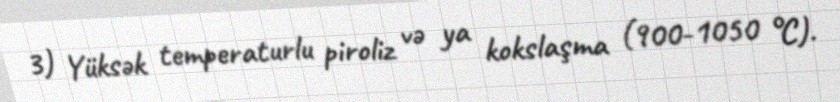
3) Yüksək temperaturlu piroliz və ya kokslaşma (900-1050 °C).